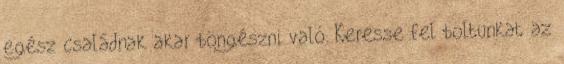
egész családnak akar böngészni való. Keresse fel boltunkat az